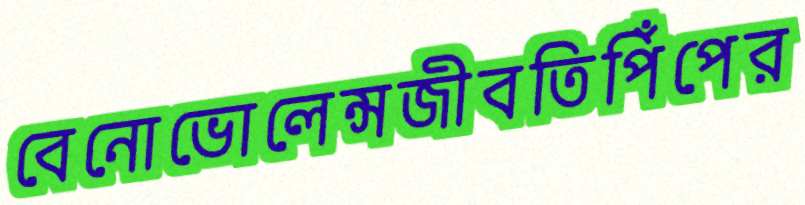
বেনোভোলেন্সজীবতিপিঁপের